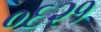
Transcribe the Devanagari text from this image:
०६२१